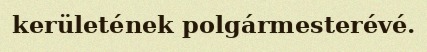
kerületének polgármesterévé.